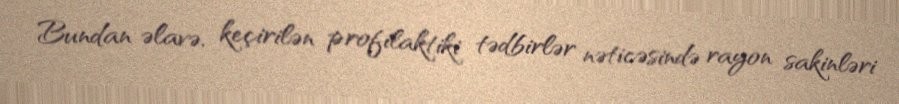
Bundan əlavə, keçirilən profilaktiki tədbirlər nəticəsində rayon sakinləri